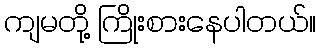
ကျမတို့ ကြိုးစားနေပါတယ်။